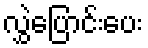
လွှဲပြောင်းပေး